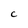
Character: C